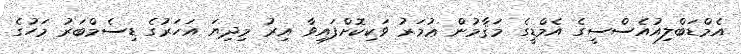
އެމްޑަބްލިއުއެސްސީގެ އެމްޑީގެ މަޤާމުން ޢުމަރު ވަކިކޮށްފައިވާ އިރު މިދިޔަ އަހަރުގެ ޑިސެމްބަރު މަހުގެ